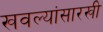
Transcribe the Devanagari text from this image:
खवल्यांसारखी